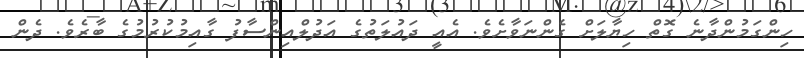
ހިންގަމުންދާނެ ގޮތް ހިޔާލަށް ގެންނަވާށެވެ. އެއީ ދައުލަތުގެ އަދުލްއިންސާފު ގާއިމުކުރުމުގެ ބާރެވެ. ދެން